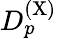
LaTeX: D_{p}^{(\mathrm{X)}}